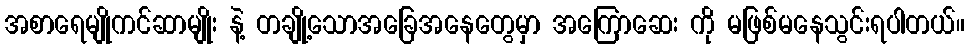
အစာရေမျိုကင်ဆာမျိုး နဲ့ တချို့သောအခြေအနေတွေမှာ အကြောဆေး ကို မဖြစ်မနေသွင်းရပါတယ်။